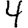
Digit: 4